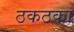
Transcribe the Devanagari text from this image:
ठकठका